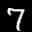
Label: 7